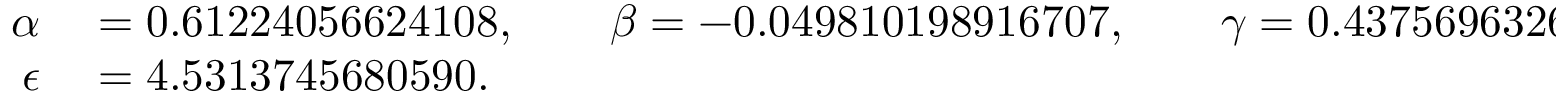
\begin{array} { r l } { \alpha } & { { } = 0 . 6 1 2 2 4 0 5 6 6 2 4 1 0 8 , \qquad \beta = - 0 . 0 4 9 8 1 0 1 9 8 9 1 6 7 0 7 , \qquad \gamma = 0 . 4 3 7 5 6 9 6 3 2 6 7 5 6 2 , } \\ { \epsilon } & { { } = 4 . 5 3 1 3 7 4 5 6 8 0 5 9 0 . } \end{array}